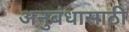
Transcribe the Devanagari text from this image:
अनुबंधासाठी